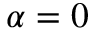
\alpha = 0